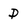
Character: D